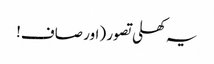
یہ کھلی تصور (اور صاف!